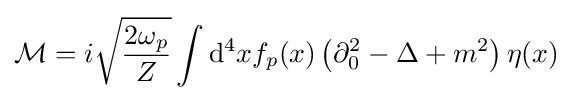
{\mathcal {M}}=i{\sqrt {\frac {2\omega _{p}}{Z}}}\int \mathrm {d} ^{4}xf_{p}(x)\left(\partial _{0}^{2}-\Delta +m^{2}\right)\eta (x)